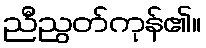
ညီညွတ်ကုန်၏။